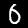
Label: 0